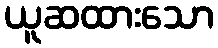
ယူဆထားသော